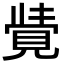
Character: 𮗓